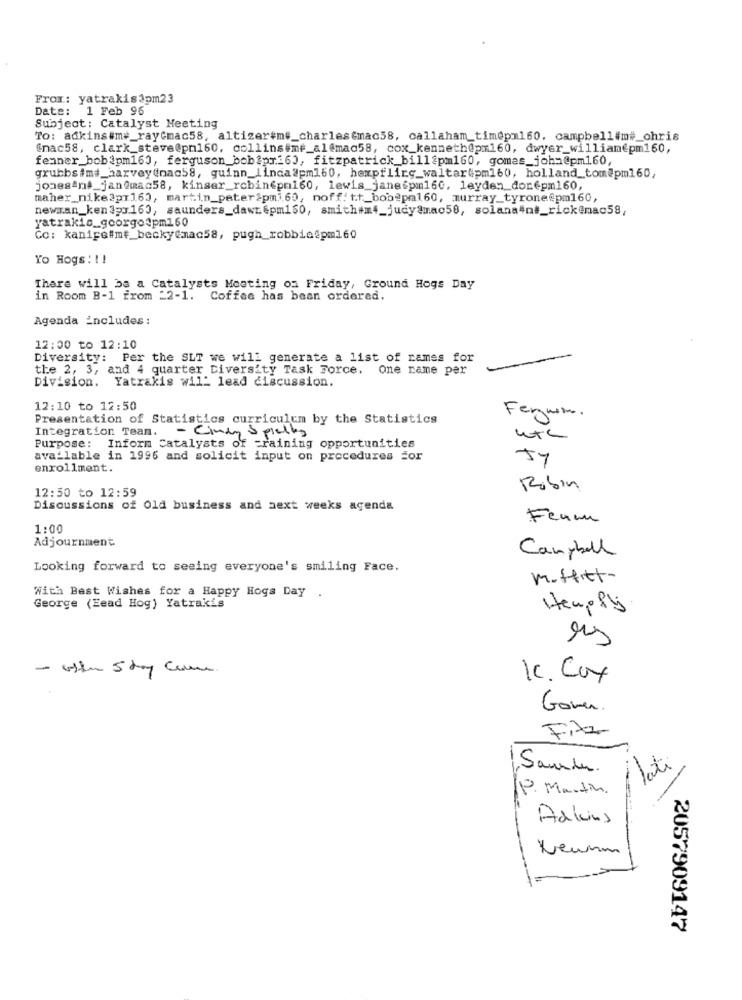
From: yatrakis3pm23
Date: 1 Feb 96
Subject: Catalyst Meeting
To: adkins#me_rayGmac58, altizer#m#_charlesGmac58, callaham_timepm160. campbell#m#_chris
@mac58, clark_steve@pm160, collins#me_al@mac58, cox_kenneth@pm160, dwyer_william€pm160,
fenner_bobipm160, ferguson_bobipri60, fitzpatrick_billipm160, gomes_john@pm160,
grubbsimi_harvey(nac58, guinn_linda@pm160, hempflirg_waltaripm160, holland_tom@pm160;
jonesand_jan@mac58, kinser_robin€pm160, lewis_janespm160, leyden_donepm160,
maher_nike2pr160, martin_peter2pm1.60, noff: tt_bob@pm160, murray_tyrone@pm160,
newman_ken 3p1.163, saunders_dawtepm150, smith#m4_judy@mac58, solana#nt_rickenac58,
yatrakis_goorgo@pm160
Co: kanice#mt_becky@mac58, pugh_robbie@pm160
Yo Hogs! !!
There will be a Catalysts Meeting on Friday, Ground Hogs Day
in Room B-1 from _2-1. Coffee has been ordered.
Agenda includes :
12:00 to 12:10
Diversity: Per the SLT we will generate a list of rames for
the 2, 3, and 4 quarter Diversity Task Force. One rame per
Division.
Yatrakis wil_ lead discussion.
12:10 to 12:50
Presentation of Statistics curriculum by the Statistics
Ferum.
Integration Tean.
- Cindy Spielkg
Purpose: Inform Catalysts of training opportunities
available in 1996 and solicit input on procedures for
57
enrollment.
Robin
12:50 to 12:59
Discussions of Old business and next weeks agenda
Feum
1:00
Adjournment
Campbell
Looking forward to seeing everyone's smiling Face.
moffitt-
With Best Wishes for a Happy Hogs Day
.
George (Eead Hog) Yatrakis
es
- ostr 5 day come
1. Cox
Gover.
Fizz
lati
Sammen.
-
P. Martin.
Adkins
2057909147